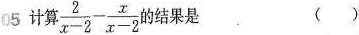
05 计算 $$\frac { 2 } { x - 2 } - \frac { x } { x - 2 }$$ 的结果是 ()